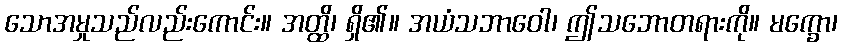
သောအမှုသည်လည်းကောင်း။ အတ္ထိ၊ ရှိ၏။ အယံသဘာဝေါ၊ ဤသဘောတရားကို။ မက္ခော၊